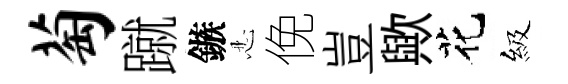
萄蹴鏃忍俛豈歟花級